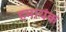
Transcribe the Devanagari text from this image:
हमायंक